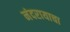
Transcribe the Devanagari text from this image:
नंदरायाचा